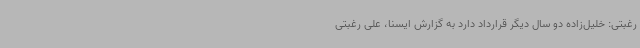
رغبتی: خلیل‌زاده دو سال دیگر قرارداد دارد به گزارش ایسنا، علی رغبتی